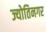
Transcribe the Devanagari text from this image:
ज्योतिनगर